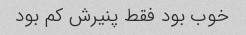
خوب بود فقط پنیرش کم بود